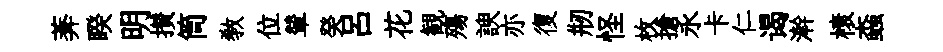
莾睽明攅筒教位輦癸吕花観殤諛亦復剏怪枚搶永卡仁谒澣榱螙